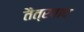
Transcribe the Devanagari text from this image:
तैत्रवाद